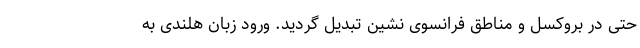
حتی در بروکسل و مناطق فرانسوی نشین تبدیل گردید. ورود زبان هلندی به